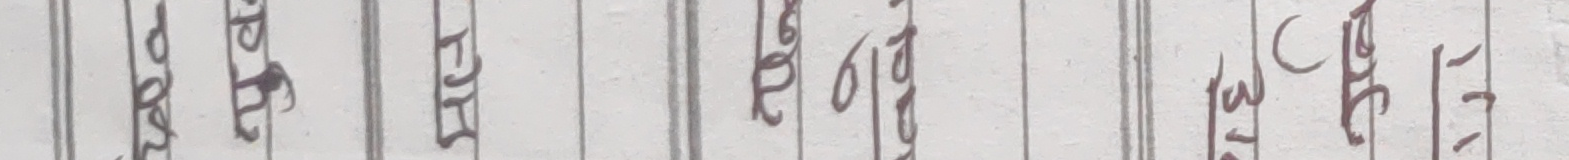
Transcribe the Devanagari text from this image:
प्रकरण असार शुक्रबार मंसिर ३० ०६ २०७६ साल ५ गते १७ १